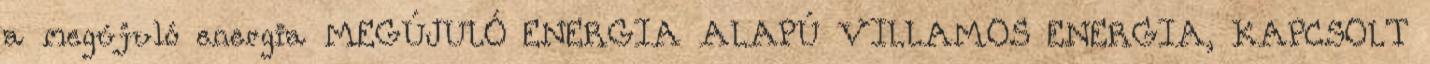
a megújuló energia MEGÚJULÓ ENERGIA ALAPÚ VILLAMOS ENERGIA, KAPCSOLT